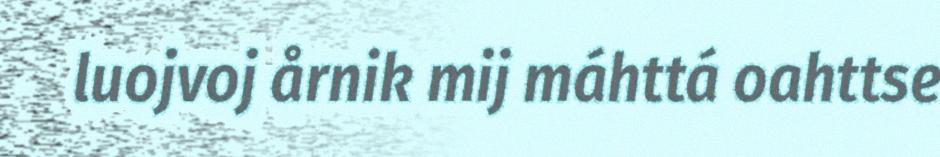
luojvoj årnik mij máhttá oahttse